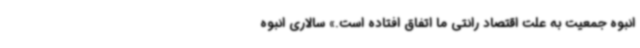
انبوه جمعیت به علت اقتصاد رانتی ما اتفاق افتاده است.» سالاری انبوه